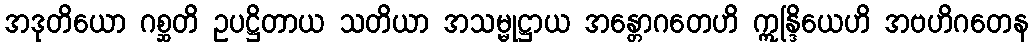
အဒုတိယော ဂစ္ဆတိ ဥပဋ္ဌိတာယ သတိယာ အသမ္မုဋ္ဌာယ အန္တောဂတေဟိ ဣန္ဒြိယေဟိ အဗဟိဂတေန